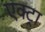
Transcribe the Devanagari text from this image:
एक्ट्रा